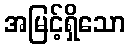
အမြင့်ရှိသော